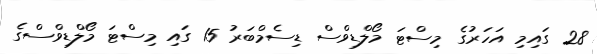
28 ގައިމި އަހަރުގެ މިސްޓަ މޯލްޑިވްސް ޑިސެމްބަރު 15 ގައި މިސްޓަ މޯލްޑިވްސްގެ